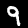
Label: 9